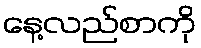
နေ့လည်စာကို